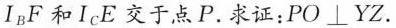
I_{B}和I_{C}E交于点P.求证：PO⊥YZ.